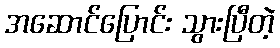
အဆောင်ပြောင်း သွားပြီတဲ့